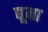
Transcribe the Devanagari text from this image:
द्यूमा